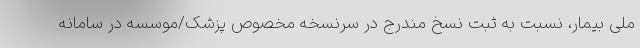
ملی بیمار، نسبت به ثبت نسخ مندرج در سرنسخه مخصوص پزشک/موسسه در سامانه